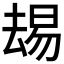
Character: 𫨭